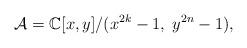
LaTeX: \begin{align*}\mathcal{A} = \mathbb{C}[x,y]/(x^{2k}-1,\; y^{2n}-1),\end{align*}